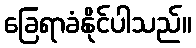
ခြေရာခံနိုင်ပါသည်။